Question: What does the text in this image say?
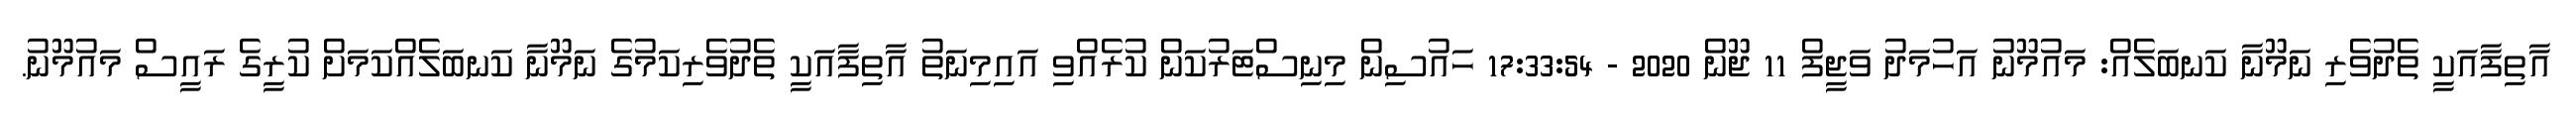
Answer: އާތިފާއަކީ ތެދުވެރި ނަމޫނާ ކަނބަލެއް: މައުމޫނު އަހުމަދު ވަޖީފް 11 ޖޫން 2020 - 17:33:54 ހައުސިން މިނިސްޓަރުކަން ކުރެއްވި އައިމިނަތު އާތިފާއަކީ ތެދުވެރިކަމުގެ ނަމޫނާ ކަނބަލެއްކަމަށް ކުރީގެ ރައީސް މައުމޫނު.